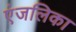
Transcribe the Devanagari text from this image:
एंजलिका